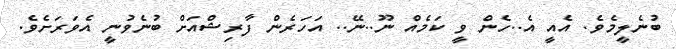
ބުނެލީމެވެ. އެއީ އެ..ހެން ވީ ކަމެއް ނޫ..ނޭ.. އަހަރެން ފާރިޝްއަށް ބުނެވުނީ އެވަރަށެވެ.